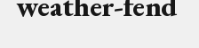
weather-fend